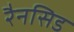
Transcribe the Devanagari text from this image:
रैनसिड